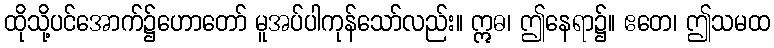
ထိုသို့ပင်အောက်၌ဟောတော် မူအပ်ပါကုန်သော်လည်း။ ဣဓ၊ ဤနေရာ၌။ ဧတေ၊ ဤသမထ